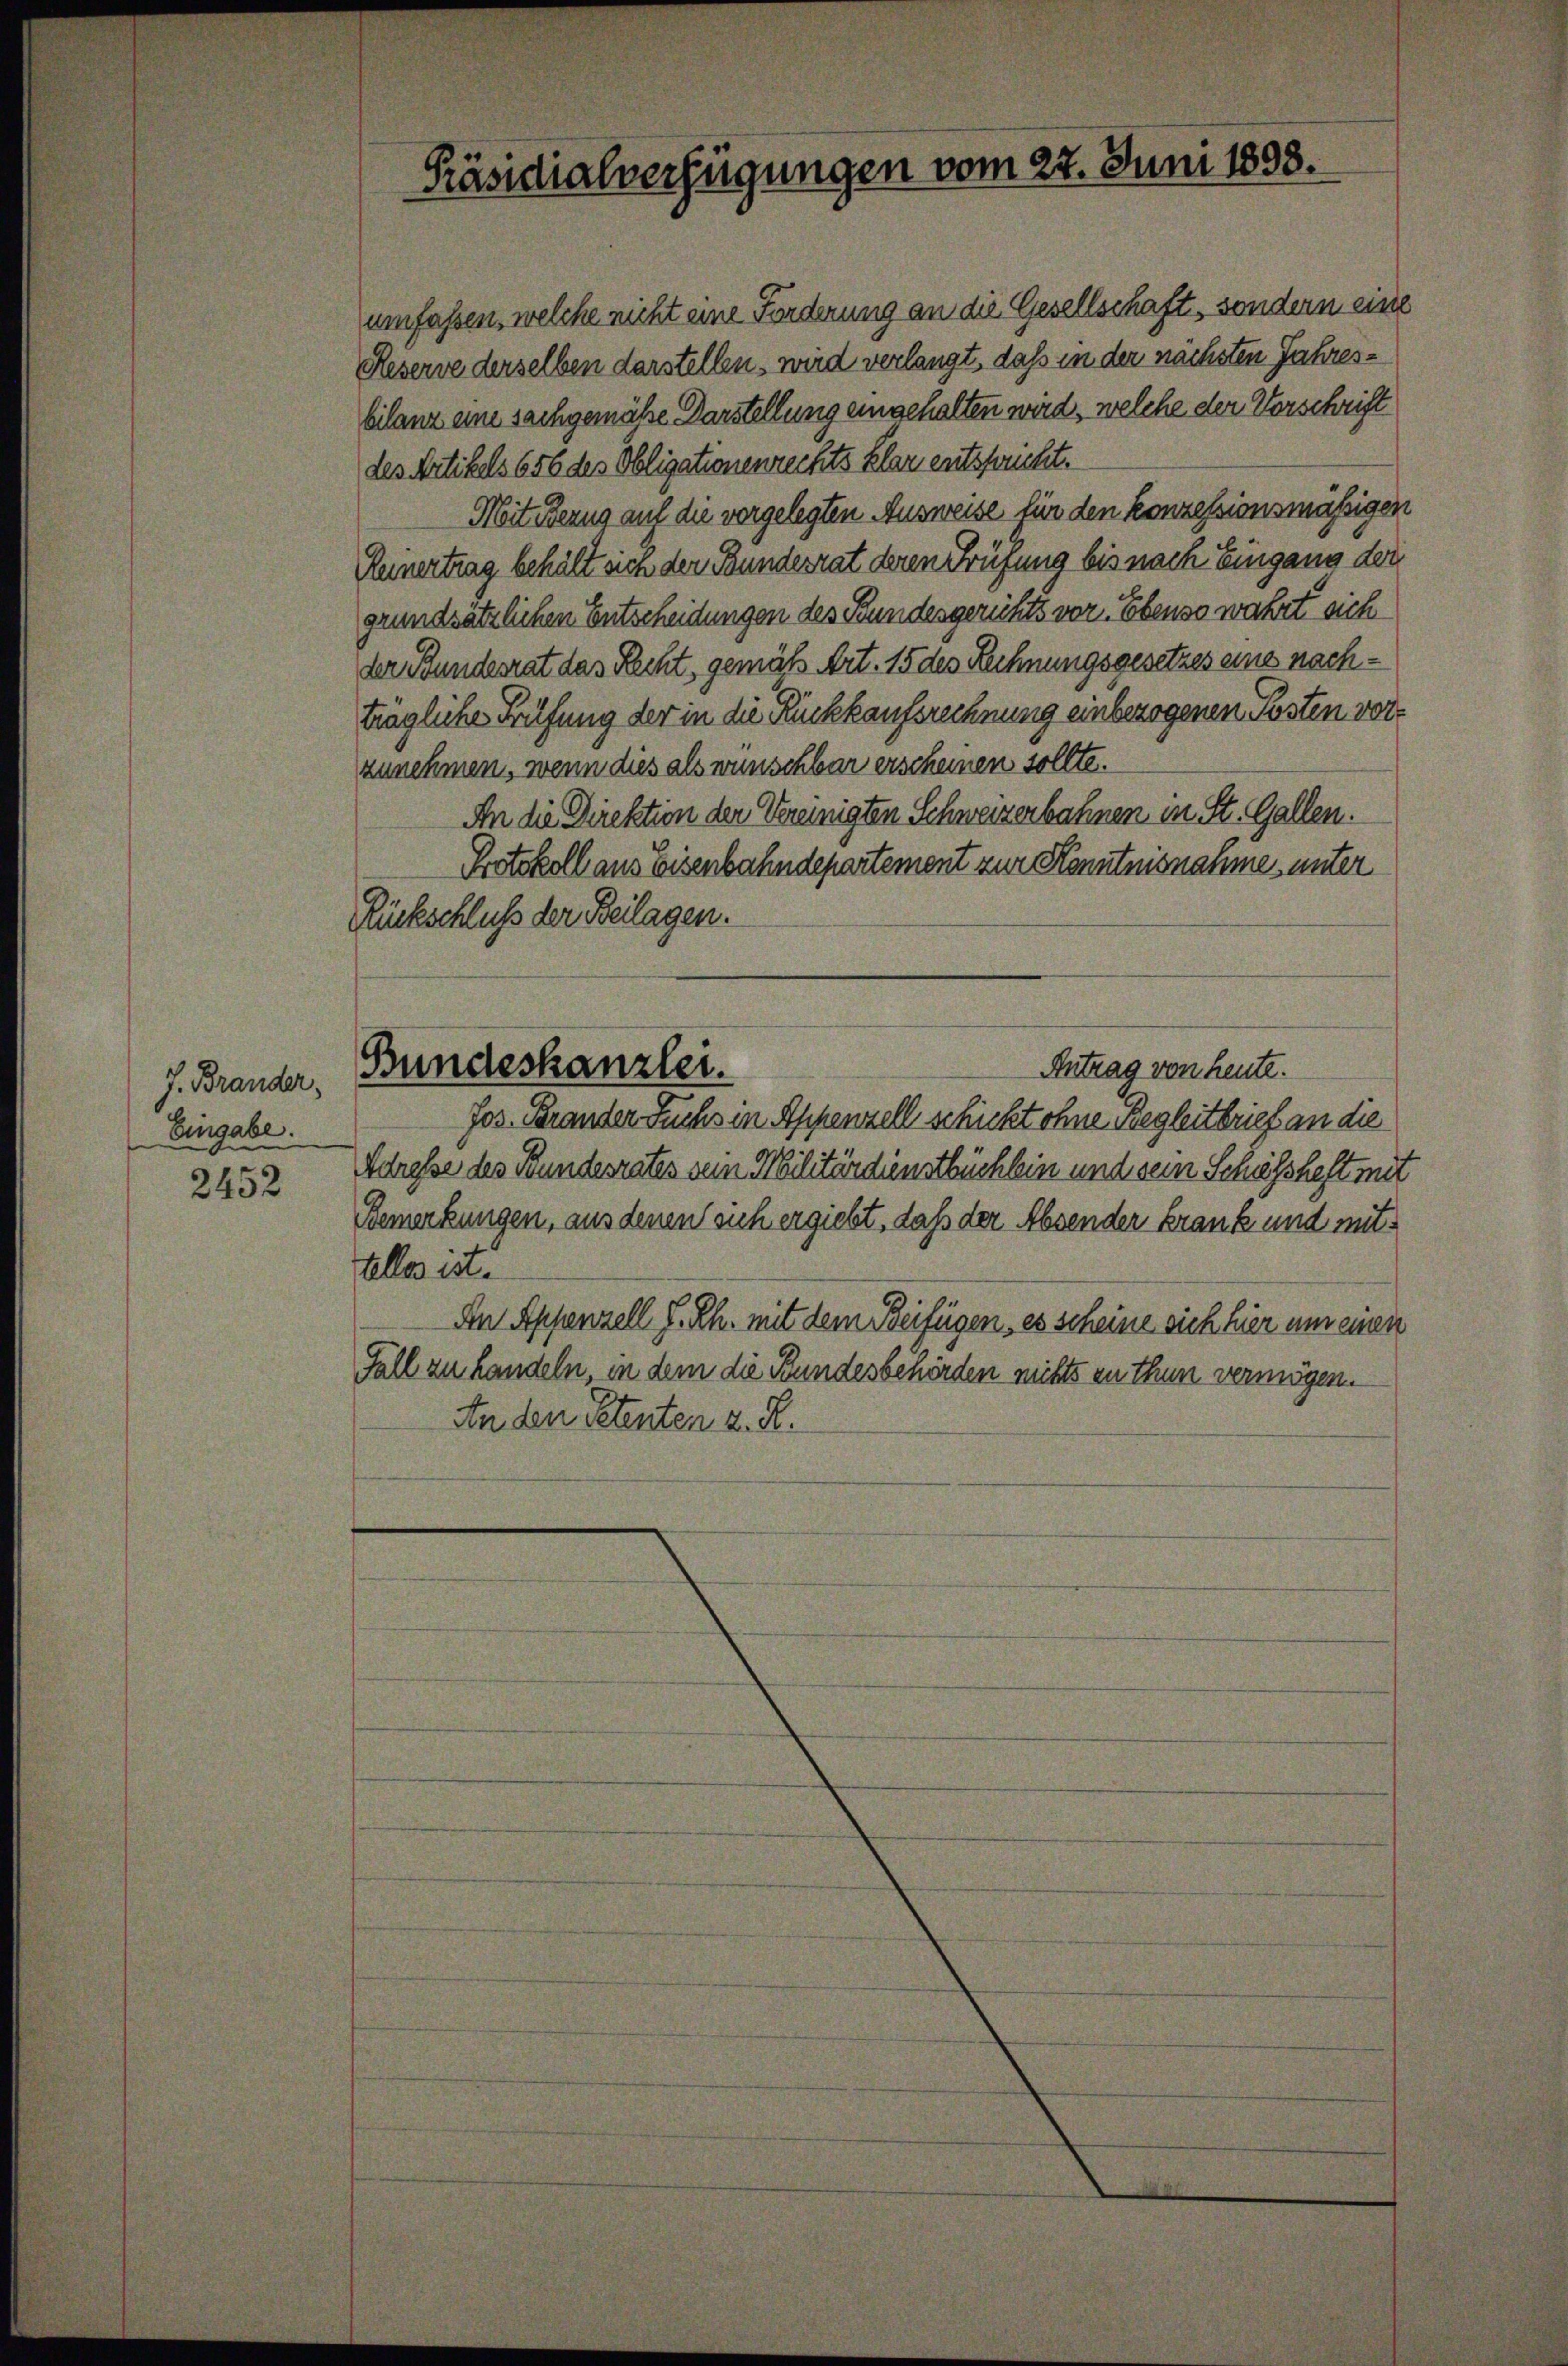
J. Brander,
Eingabe.
au

2452

Präsidialverfügungen vom 27. Juni 1898.

umfassen, welche nicht eine Forderung an die Gesellschaft, sondern eine
Reserve derselben darstellen, wird verlangt, daß in der nächsten Jahresbilanz eine sachgemäße Darstellung eingehalten wird, welche der Vorschrift
des Artikels 656 des Obligationenrechts klar entsprucht.
Mit Bezug auf die vorgelegten Ausweise für den konzessionsmäßigen
Reinertrag behält sich der Bundesrat deren Prüfung bis nach Eingang der
grundsätzlichen Entscheidungen des Bundesgerichts vor. Ebenso wahrt sich
der Bundesrat das Recht, gemäß Art. 15 des Rechnungsgesetzes eine nachträgliche Prüfung der in die Rückkaufsrechnung einbezogenen Posten vorzunehmen, wenn dies als wünschbar erscheinen sollte.
An die Direktion der Vereinigten Schweizerbahnen in St. Gallen.
Protokoll aus Eisenbahndepartement zur Kenntnisnahme unter
Rückschluß der Beilagen.
Bundeskanzlei.
Antrag von heute.
Jos. Brander Fuchs in Appenzell schickt ohne Begleitbrief an die
Adresse des Bundesrates sein Militärdienstbüchlein und sein Schissheft mit
Bemerkungen, aus denen sich ergiebt, daß der Absender Frank und mit¬
Alles ist.
An Appenzell I. Rh. mit dem Beifügen, es scheine sich hier um einen
Fall zu handeln, in dem die Bundesbehörden nichts zu thun vermögen.
An den Petenten d. R.